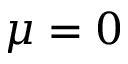
\mu = 0